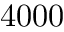
4 0 0 0